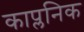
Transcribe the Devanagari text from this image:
काप्लनिक